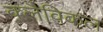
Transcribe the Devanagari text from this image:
क्लैविकल